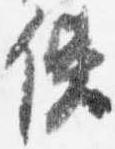
使